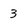
Character: 3